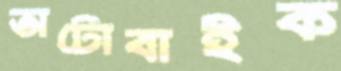
অটোবাইক